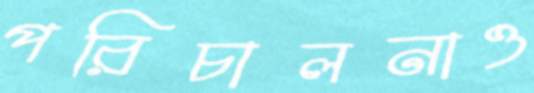
পরিচালনাও